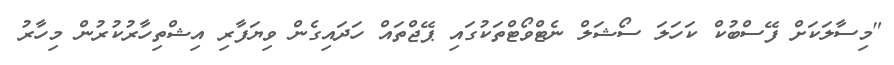
"މިސާލަކަށް ފޭސްބުކް ކަހަލަ ސޯޝަލް ނެޓްވޯޓްތަކުގައި ޕޭޖްތައް ހަދައިގެން ވިޔަފާރި އިޝްތިހާރުކުރުން މިހާރު